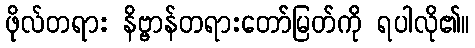
ဖိုလ်တရား နိဗ္ဗာန်တရားတော်မြတ်ကို ရပါလို၏။